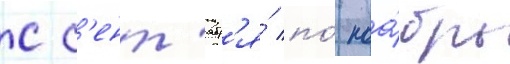
С с'ент'ябр'я́ по́ ноа́брь